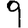
Digit: 9